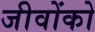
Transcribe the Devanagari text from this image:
जीवोंको